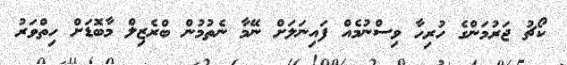
ކޯޗު ޖަރުމަންގެ ހުރިހާ ވިސްނުމެއް ފައިނަލަށް ނޭމާ ނެތުމުން ބްރެޒިލް މާބޮޑަށް ހިތްވަރު